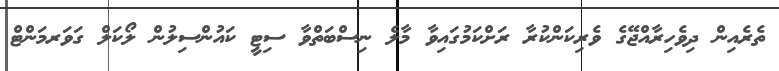
ތެރެއިން ދިވެހިރާއްޖޭގެ ވެރިކަންކުރާ ރަށްކަމުގައިވާ މާލެ ނިސްބަތްވާ ސިޓީ ކައުންސިލުން ލޯކަލް ގަވަރމަންޓް